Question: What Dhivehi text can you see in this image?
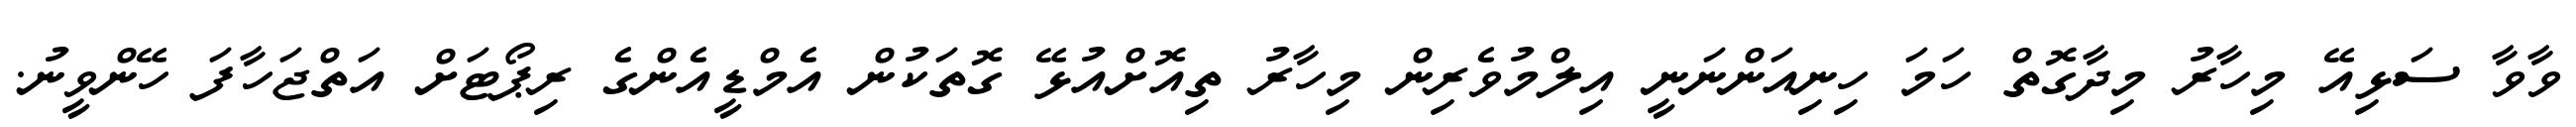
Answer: ވާވާ ސަޅިއޭ މިހާރު މިދާގޮތް ހަމަ ހިނިއަންނަނީ އިލްމުވެރިން މިހާރު ތިއޮށްއުޅޭ ގޮތަކުން އެމްޑީއެންގެ ރިޕޯޓަށް އަތްޖަހާފަ ހޭންވީނު.